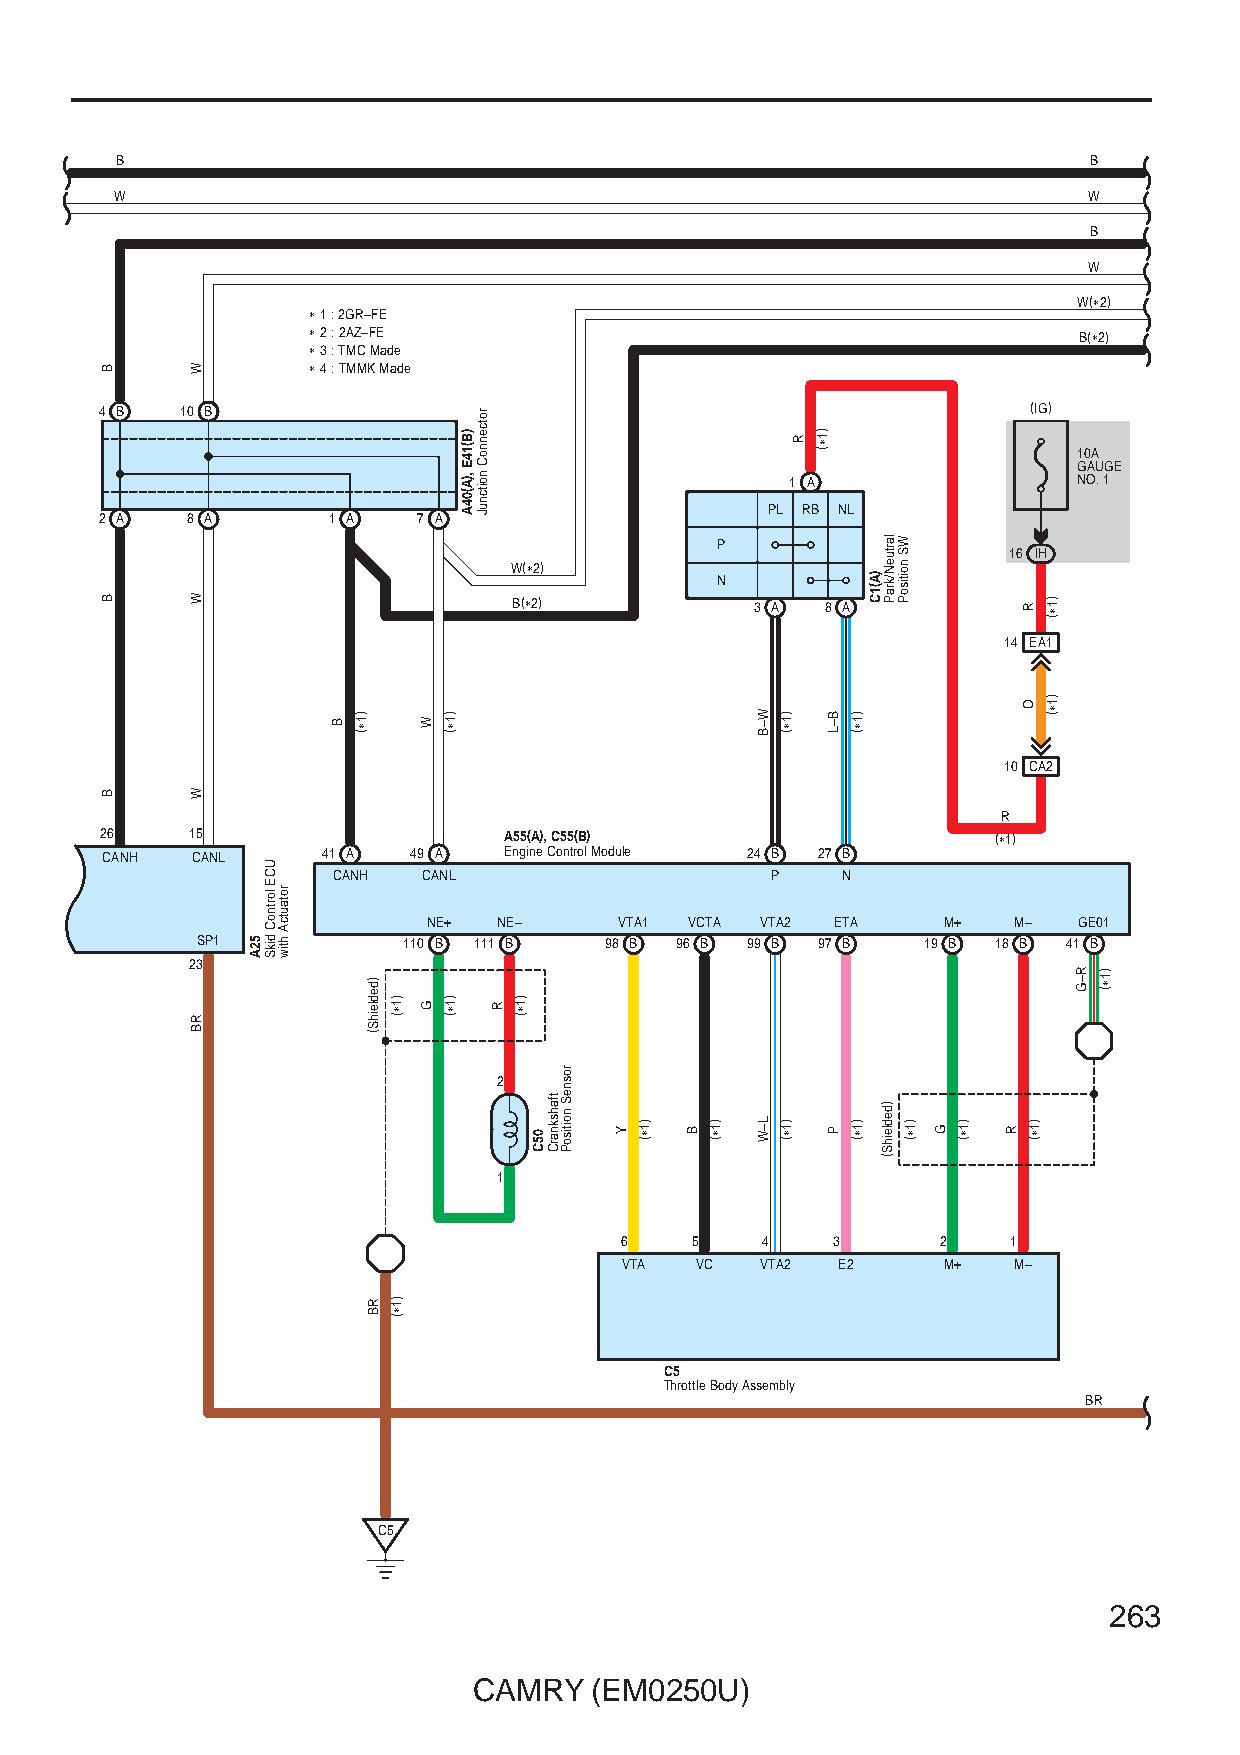
B                                                               B
 W                                                               W
 B
 W
 W(∗2)
 ∗ 1 : 2GR–FE
 ∗ 2 : 2AZ–FE                                       B(∗2)
 ∗ 3 : TMC Made
 ∗ 4 : TMMK Made
 4 B  10 B                                                    (IG)
 10A
 GAUGE
 1 A                NO. 1
 PL RB NL
 2 A  8 A       1 A   7 A
 P
 16 IH
 W(∗2)
 N
 B(∗2)           3 A  8 A
 14 EA1
 10 CA2
 R
 26   15                   A55(A), C55(B)                   (∗1)
 CANH  CANL    41 A  49 A  Engine Control Module 24 B 27 B
 CANH  CANL                   P    N
 NE+  NE–     VTA1 VCTA VTA2 ETA   M+   M–  GE01
 SP1           110 B 111 B  98 B 96 B 99 B 97 B  19 B 18 B 41 B
 23
 2
 1
 6    5   4    3      2    1
 VTA  VC  VTA2 E2     M+   M–
 C5
 Throttle Body Assembly
 BR
 C5
 263
 CAMRY   (EM0250U)
 B
 B
 B
 W
 W
 W
 RB
 52A
 UCE
 lortnoC
 dikS
 rotautcA
 htiw
 B )1∗(
 )dedleihS(
 RB
 )1∗(
 )1∗(
 W
 G
 )1∗(
 )1∗(
 )B(14E
 ,)A(04A
 rotcennoC
 noitcnuJ
 R
 )1∗(
 05C
 tfahsknarC
 rosneS
 noitisoP
 Y
 )1∗(
 B
 )1∗(
 W–B
 L–W
 )1∗(
 )1∗(
 R )1∗(
 B–L
 P
 )1∗(
 )1∗(
 )A(1C
 lartueN/kraP
 )dedleihS(
 WS
 noitisoP
 )1∗(
 G
 )1∗(
 R
 R
 O
 )1∗(
 )1∗(
 )1∗(
 R–G )1∗(